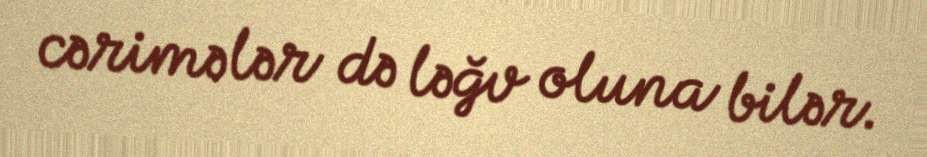
cərimələr də ləğv oluna bilər.